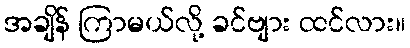
အချိန် ကြာမယ်လို့ ခင်ဗျား ထင်လား။